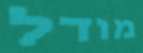
מודל